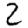
Digit: 2